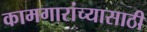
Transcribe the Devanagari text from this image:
कामगारांच्यासाठी